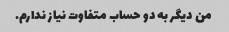
من دیگر به دو حساب متفاوت نیاز ندارم.